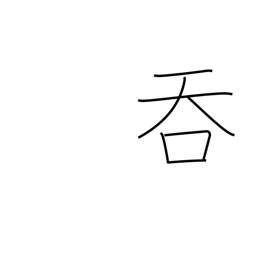
Meaning: annex